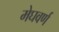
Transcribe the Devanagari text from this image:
मेघवर्ण